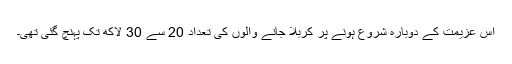
اس عزیمت کے دوبارہ شروع ہونے پر کربلا جانے والوں کی تعداد 20 سے 30 لاکھ تک پہنچ گئی تھی۔